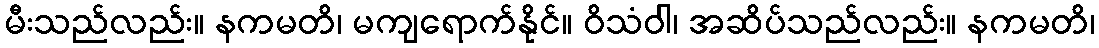
မီးသည်လည်း။ နကမတိ၊ မကျရောက်နိုင်။ ဝိသံဝါ၊ အဆိပ်သည်လည်း။ နကမတိ၊